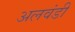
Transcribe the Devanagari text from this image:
अलवंडी